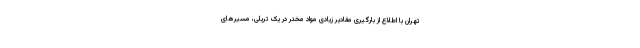
تهران با اطلاع از بارگیری مقادیر زیادی مواد مخدر در یک تریلی، مسیرهای